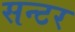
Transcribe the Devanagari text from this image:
सन्टर